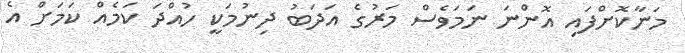
މަނާކޮށްފައި އޮންނަ ނަމަވެސް މަރުގެ އަދަބު ދިނުމަކީ ހުއްދަ ކަމެއް ކަމަށް އެ